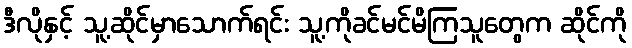
ဒီလိုနှင့် သူ့ဆိုင်မှာသောက်ရင်း သူ့ကိုခင်မင်မိကြသူတွေက ဆိုင်ကို